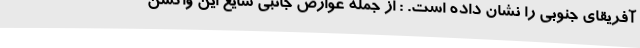
آفریقای جنوبی را نشان داده است. : از جمله عوارض جانبی شایع این واکسن